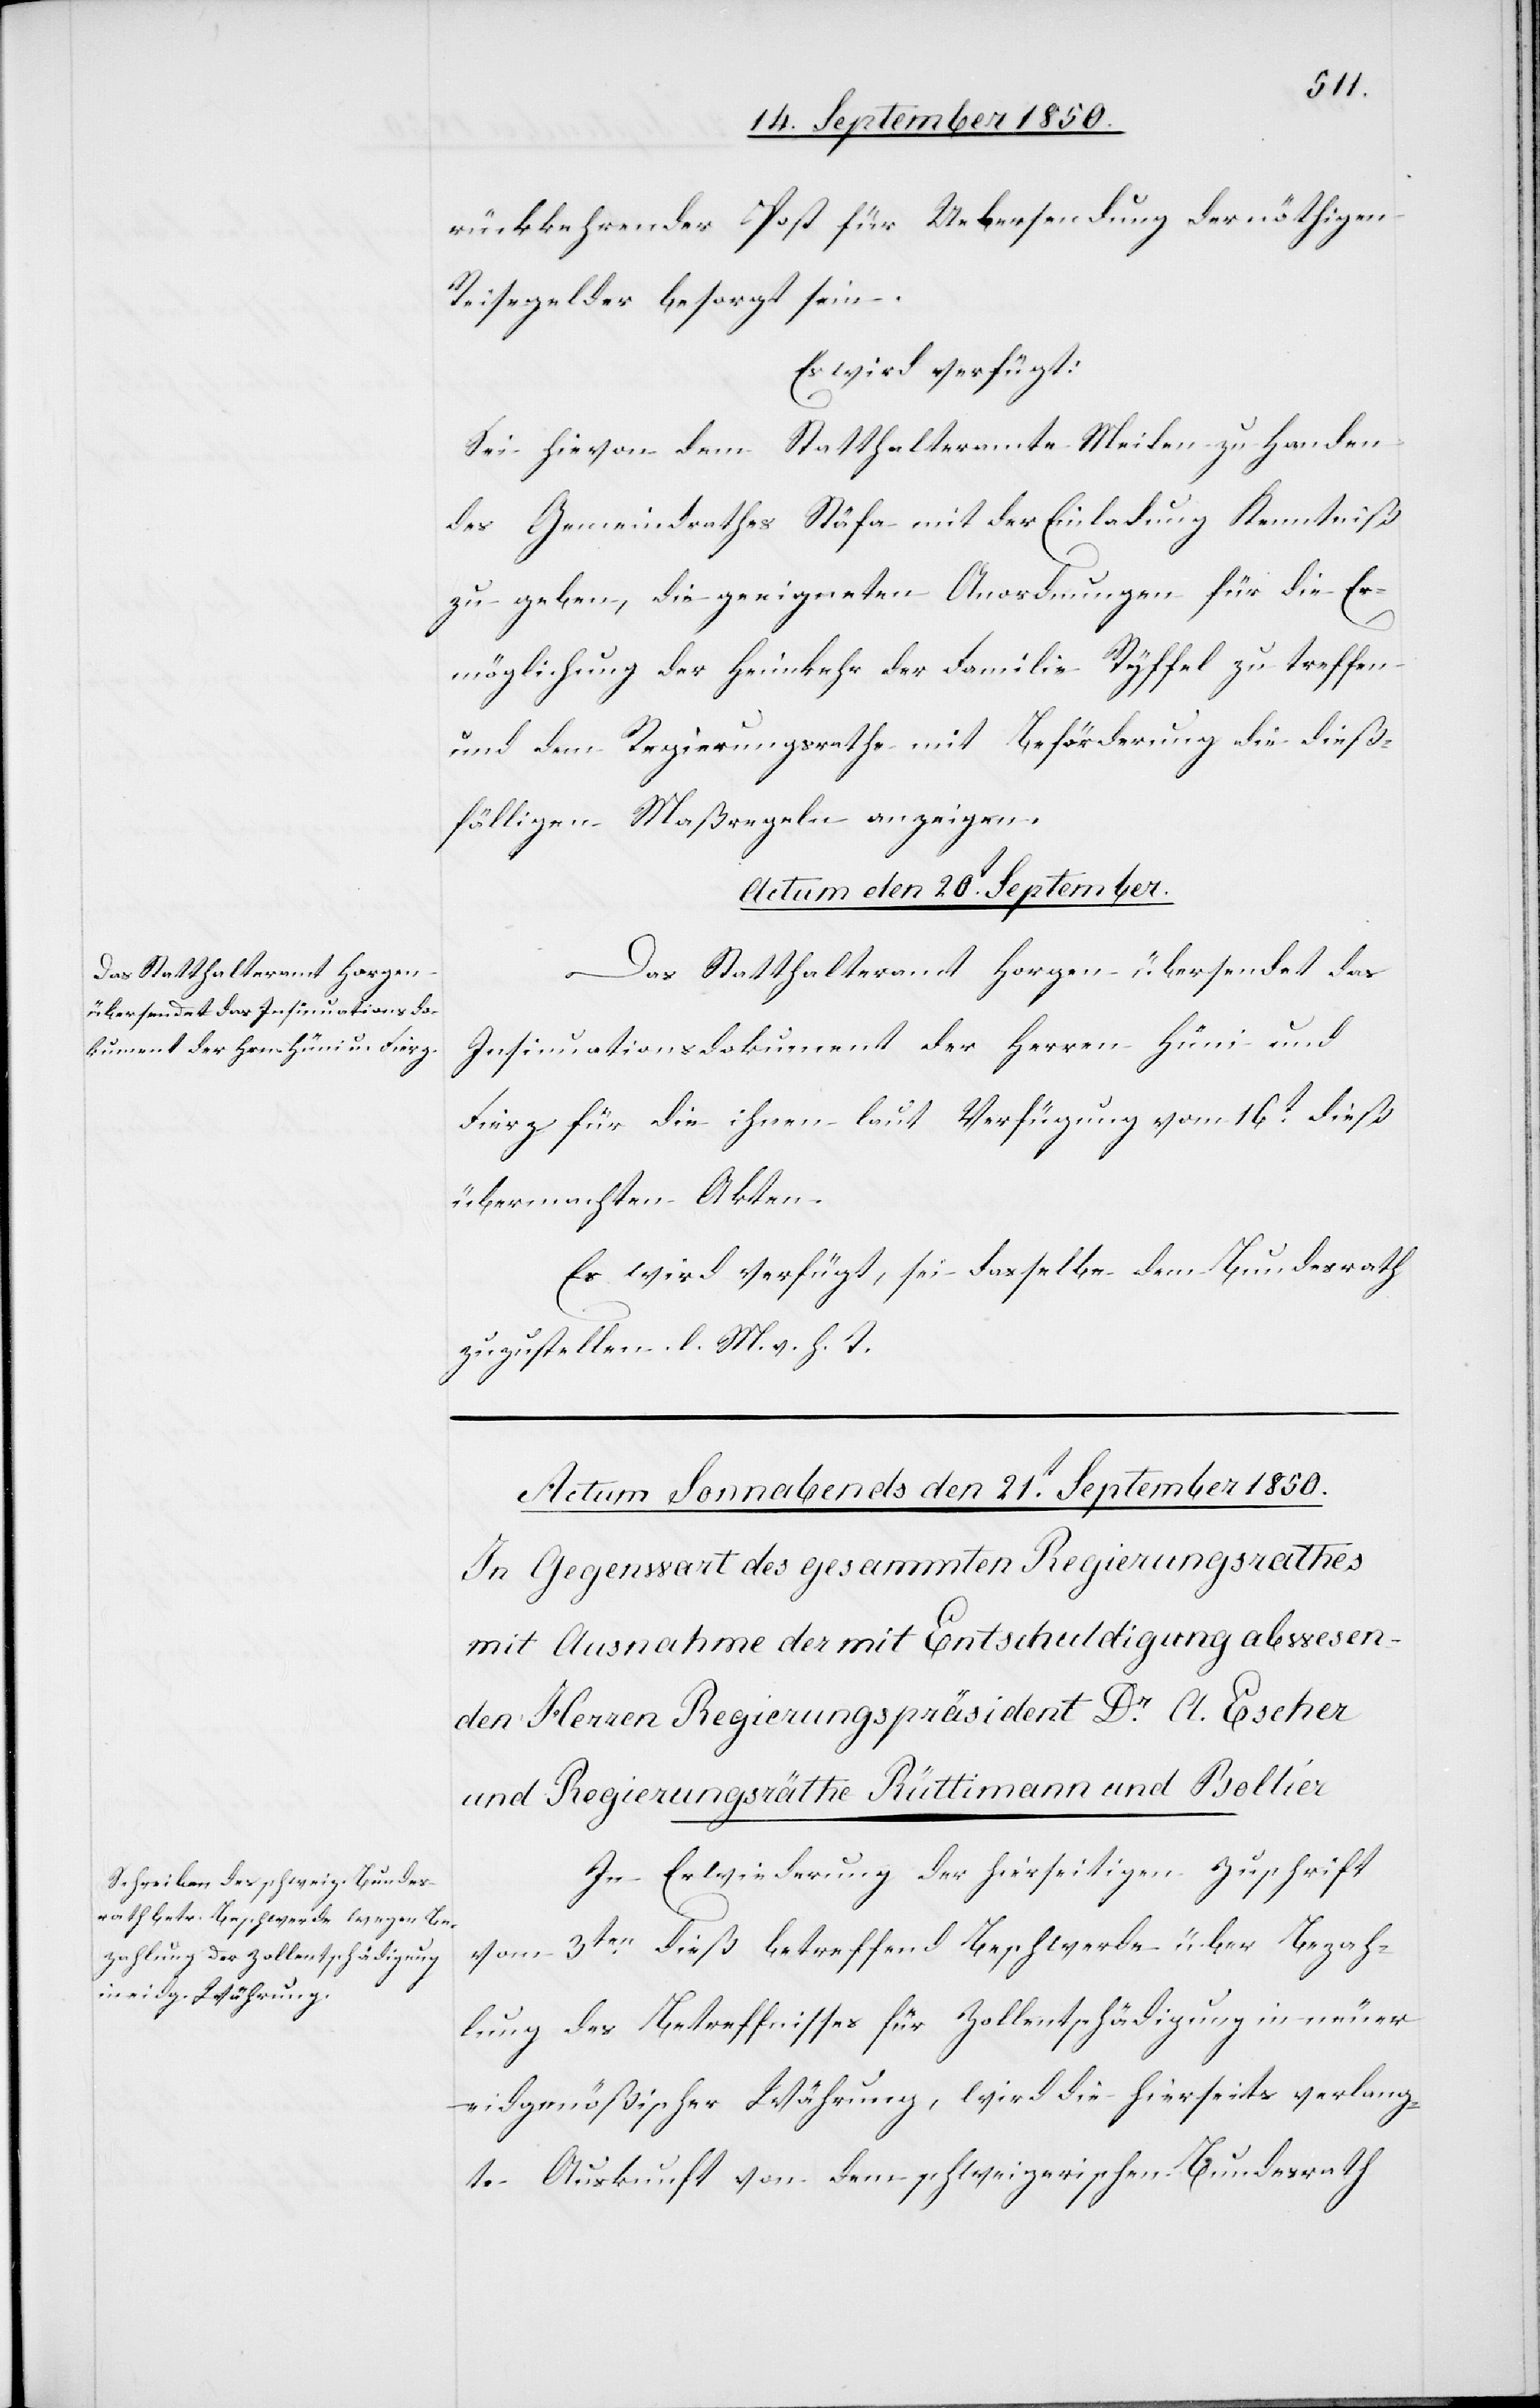
rückkehrender Post für Uebersendung der nöthigen
Reisegelder besorgt sein.
Es wird verfügt:
Sei hievon dem Statthalteramte Meilen zu Handen
des Gemeindrathes Stäfa mit der Einladung Kenntniß
zu geben, die geeigneten Anordnungen für die Er¬
möglichung der Heimkehr der Familie Ryffel zu treffen
und dem Regierungsrathe mit Beförderung die dieß¬
fälligen Maßregeln anzeigen.
Actum den 20t September.
Das Statthalteramt Horgen übersendet das
Insinuationsdokument der Herren Hüni und
Fierz für die ihnen laut Verfügung vom 16t dieß
übermachten Akten.
Es wird verfügt, sei dasselbe dem Bundesrath
zuzustellen. l. M. v. h. T.
In Erwiederung der hierseitigen Zuschrift
vom 3ten dieß betreffend Beschwerde über Bezah¬
lung des Betreffnisses für Zollentschädigung in neuer
eidgenößischer Währung, wird die hierseits verlang¬
te Auskunft von dem schweizerischen Bundesrath